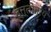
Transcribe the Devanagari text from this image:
दत्तोत्रेय